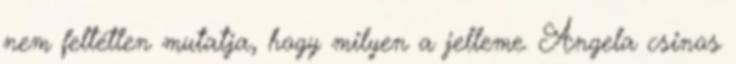
nem feltétlen mutatja, hogy milyen a jelleme. Angela csinos